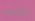
بشأنهم